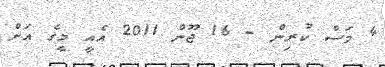
4 މަސް ކުރިން - 16 ޖޫން 2011 އެއީ މީގެ އަށް